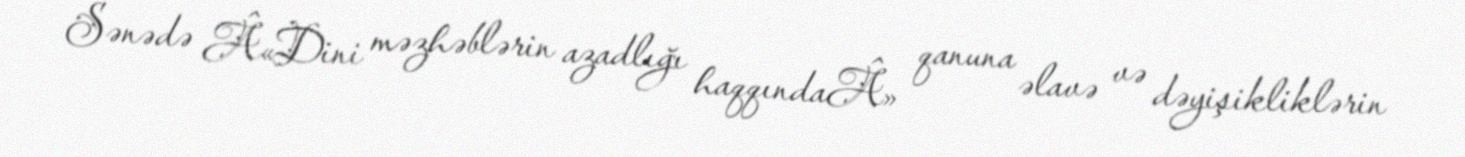
Sənədə Â«Dini məzhəblərin azadlığı haqqındaÂ» qanuna əlavə və dəyişikliklərin